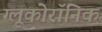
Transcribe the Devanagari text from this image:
ग्लूकोरॉनिक